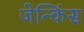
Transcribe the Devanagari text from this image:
जेन्किंस